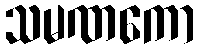
သမဏကော